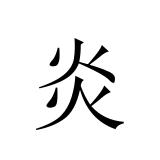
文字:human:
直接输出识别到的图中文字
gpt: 炎